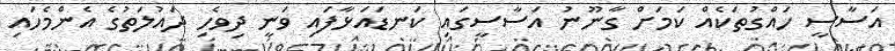
އަސާސީ ހައްގުތަކެއް ކަމަށް ގާނޫނު އަސާސީގައި ކަނޑައަޅާފައި ވަނީ ދިވެހި ދައުލަތުގެ އެންމެހައި